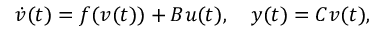
\dot { v } ( t ) = f ( v ( t ) ) + B u ( t ) , \quad y ( t ) = C v ( t ) ,